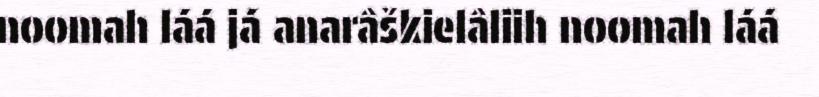
noomah láá já anarâškielâliih noomah láá